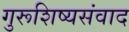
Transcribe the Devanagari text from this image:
गुरूशिष्यसंवाद